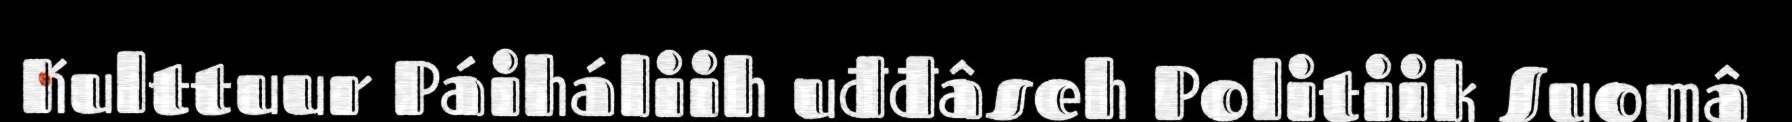
Kulttuur Páiháliih uđđâseh Politiik Suomâ